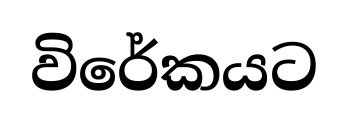
විරේකයට